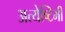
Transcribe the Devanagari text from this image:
अत्येष्टिभी